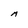
Character: M